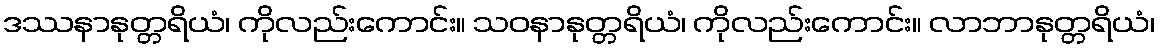
ဒဿနာနုတ္တရိယံ၊ ကိုလည်းကောင်း။ သဝနာနုတ္တရိယံ၊ ကိုလည်းကောင်း။ လာဘာနုတ္တရိယံ၊